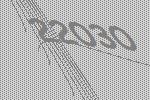
22030